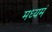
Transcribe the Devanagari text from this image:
मध्यमं